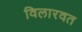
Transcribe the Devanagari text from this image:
विलारवत